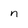
Character: n